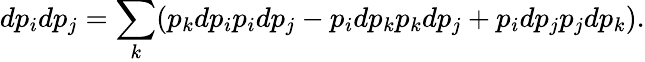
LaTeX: dp_{i}dp_{j}=\sum_{k}(p_{k}dp_{i}p_{i}dp_{j}-p_{i}dp_{k}p_{k}dp_{j}+p_{i}dp_{j}p_{j}dp_{k}).